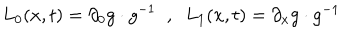
L _ { 0 } ( x , t ) = \partial _ { 0 } g \cdot g ^ { - 1 } \; \; , \; \; L _ { 1 } ( x , t ) = \partial _ { x } g \cdot g ^ { - 1 }